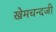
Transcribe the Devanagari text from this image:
खेमचन्दजी